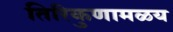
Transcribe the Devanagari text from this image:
तिरिकुणामळय